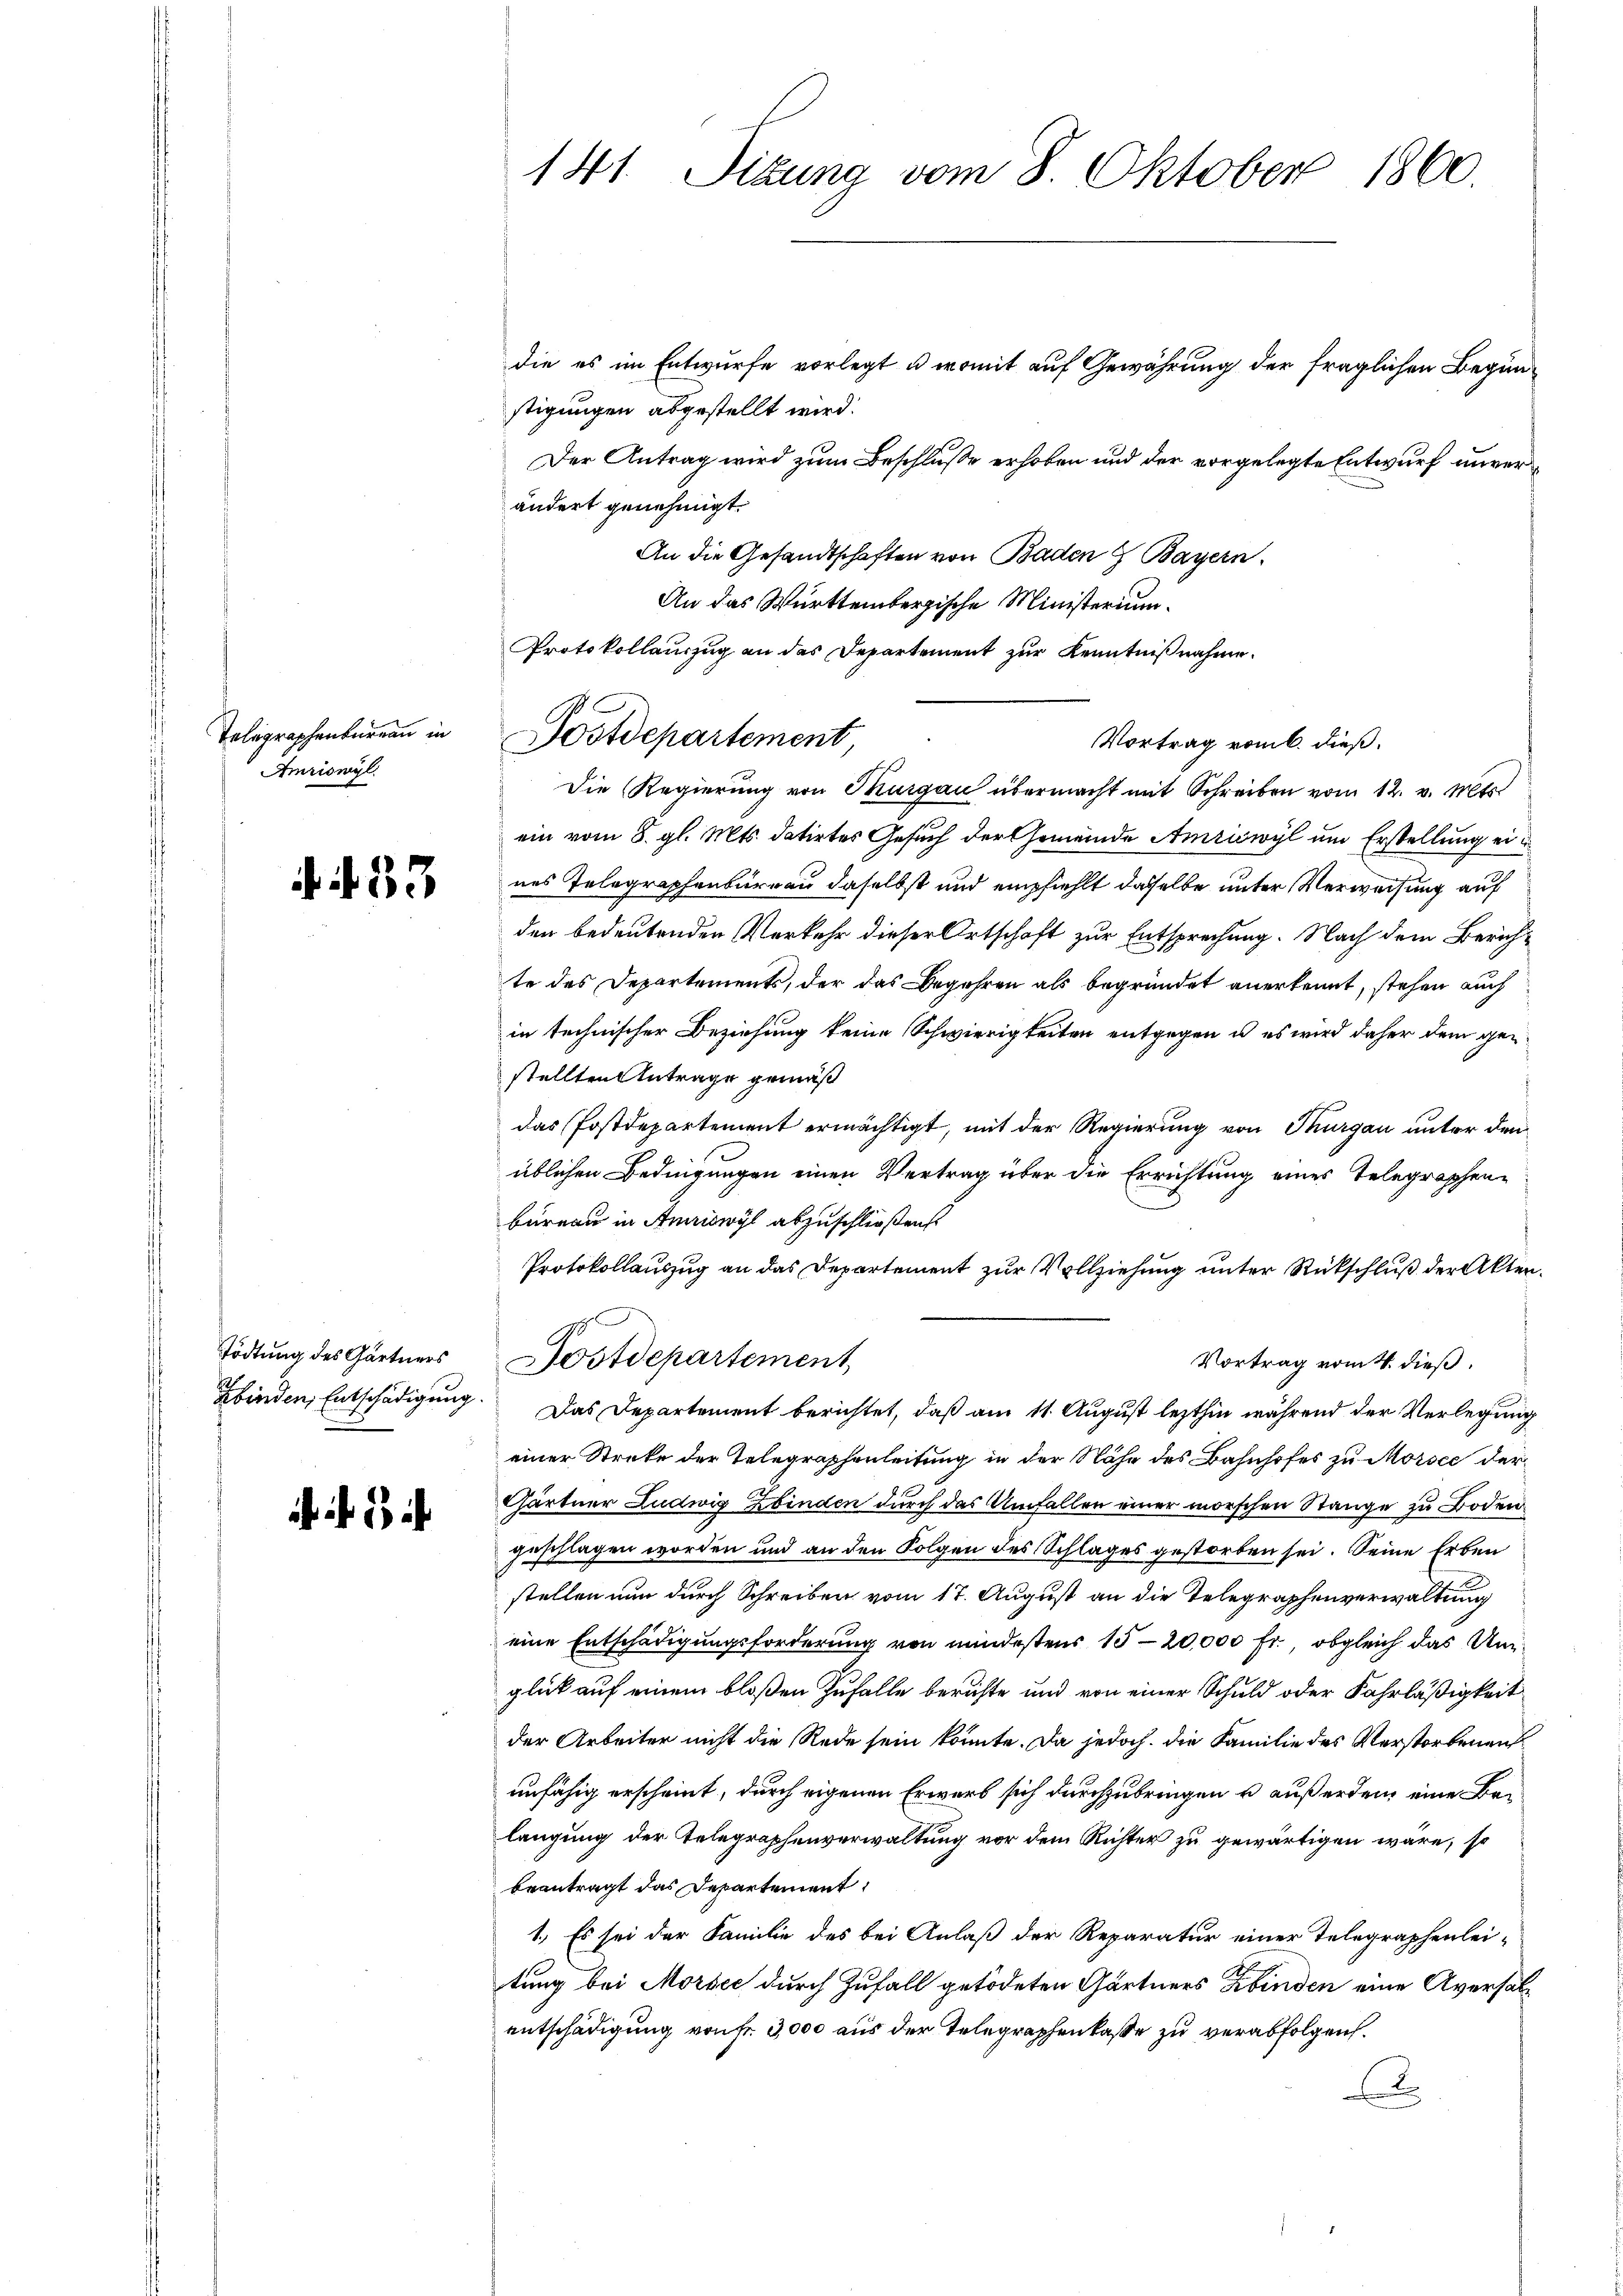
Telegraphenbureau in
Amriswyl

N. 33

Tödtung des Gärtners
Zbinden Entschädigung.

h

141. Sitzung vom 8. Oktober 1860.

die es im Entwurfe vorlegt u. womit auf Gewährung der fraglichen Begünstigungen abgestellt wird.
Der Antrag wird zum Beschluße erhoben und der vorgelegte Entwurf unverändert genehmigt.
An die Gesandtschaften von Baden 7 Bayern.
An das Württembergische Ministerium
Protokollauszug an das Departement zur Kenntnißnahme.
Vortrag vom 6. dieß.
Die Regierung von Thurgau übermacht mit Schreiben vom 12. v. Mts.
ein vom 8. gl. Mts. datirtes Gesuch der Gemeinde Amriswyl um Erstellung ei
nes Telegraphenbureau daselbst und empfiehlt dasselbe unter Verweisung auf
den bedeutenden Verkehr dieser Ortschaft zur Entsprechung. Nach dem Zürichte des Departements, der das Begehren als begründet anerkennt, stehen auch
in technischer Beziehung keine Schwierigkeiten entgegen u. es wird daher dem gestellten Antrage gemäß
das Postdepartement ermächtigt, mit der Regierung von Thurgau unter den
üblichen Bedingungen einen Vertrag über die Errichtung eines Telegraphenbüreau in Amriswyl abzuschließen.
Protokollauszug an das Departement zur Vollziehung unter Rückschluß der Akten.
Postdepartement
Vortrag vom 4. dieß,
Das Departement berichtet, daß am 11. August lezthin während der Verlegung
einer Strete der Telegraphenleitung in der Nähe des Bahnhofes zu Morsee der
Gärtner Ludwig binden durch das Umfallen einer morschen Stange zu Boden
geschlagen worden und an den Folgen des Schlages gestorben sei. Seine Erben
stellen nun durch Schreiben vom 17. August an die Telegraphenverwaltung
eine Entschädigungsforderung von mindestens 15-20,000 fr., obgleich das Unglück auf einem bloßen Zufalle berichte und von einer Schuld oder Fahrläßigkeit
der Arbeiter nicht die Rede sein könnte. Da jedoch, die Familie des Verstorbenen
unfähig erscheint, durch eigenen Erwerb sich durchzubringen u. außerden eine Belangung der Telegraphenverwaltung vor dem Richter zu gewärtigen wäre, so
beantragt das Departement
1. Es sei der Familie des bei Anlaß der Reparatur einer Telegraphenlei-
tung bei Morsee durch Zufall getödeten Gärtners Erbinden eine Aversalentschädigung von Fr. 3,000 aus der Telegraphenkaße zu verabfolgen.

Postdepartement